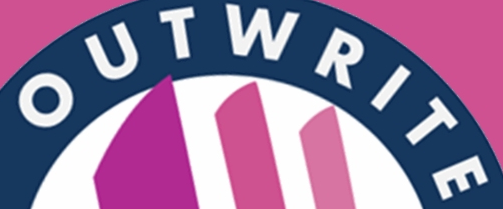
OUTWRITE